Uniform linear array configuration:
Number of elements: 16
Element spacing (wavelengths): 0.5
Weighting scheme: hann
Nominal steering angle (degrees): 15
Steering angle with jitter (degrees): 15.143
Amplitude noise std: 0.05
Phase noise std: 0.05

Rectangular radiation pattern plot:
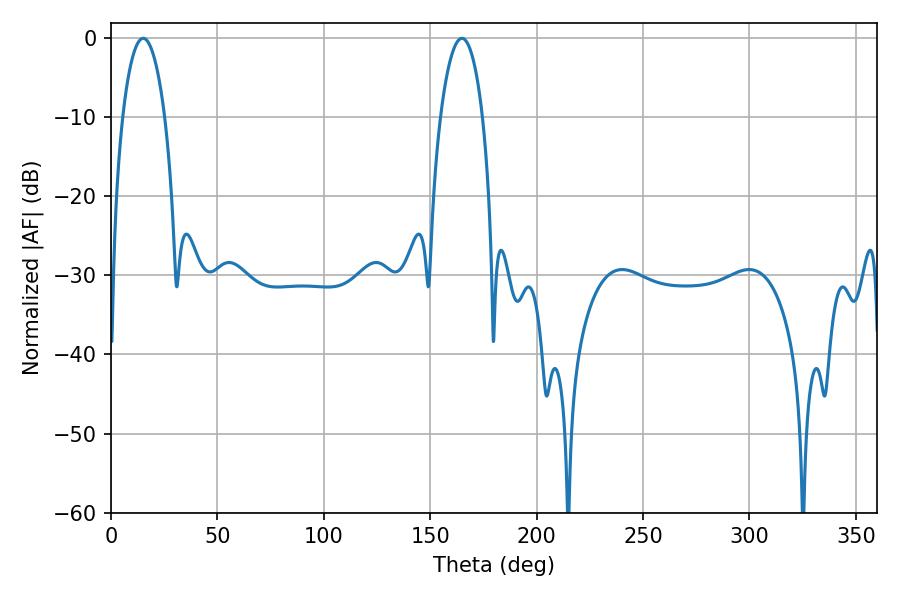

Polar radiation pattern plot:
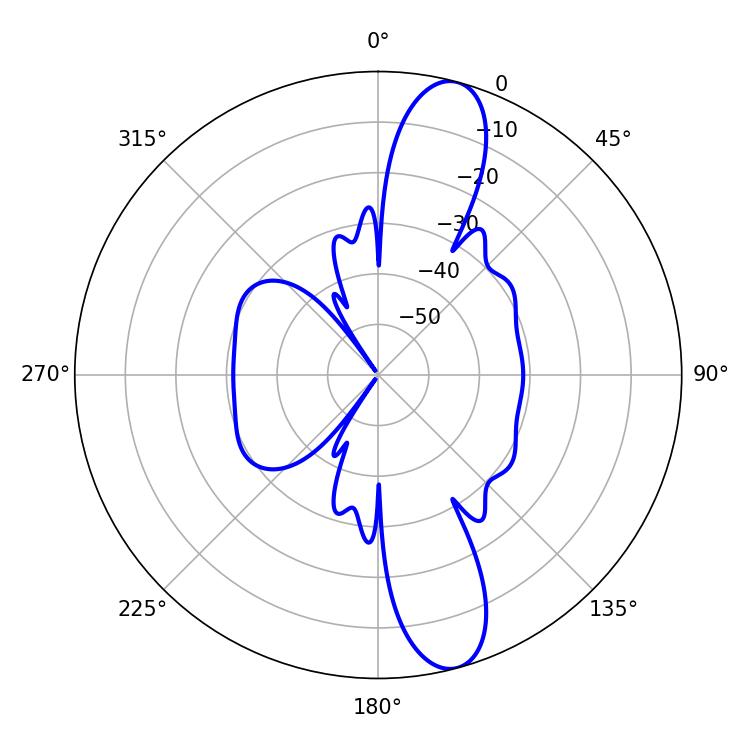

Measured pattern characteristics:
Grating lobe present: FALSE
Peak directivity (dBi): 12.668
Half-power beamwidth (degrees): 10.98
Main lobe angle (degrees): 15.12